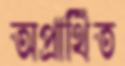
অপ্রার্থিত